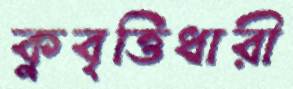
কুবৃত্তিধারী